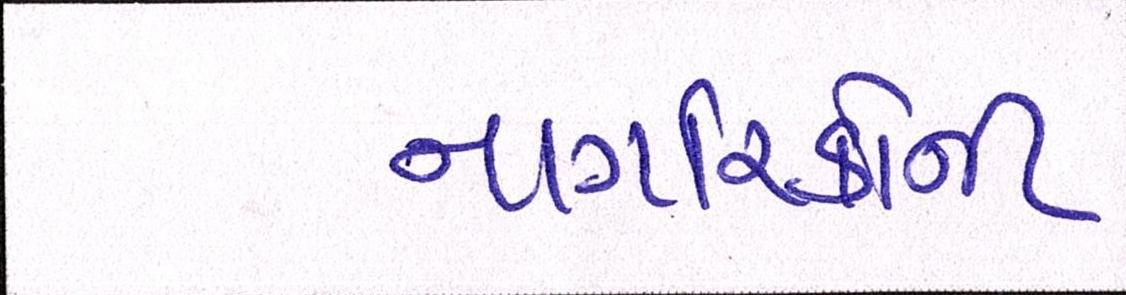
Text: નાગરિકોની